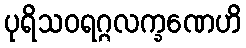
ပုရိသဝရဂ္ဂလက္ခဏေဟိ